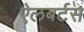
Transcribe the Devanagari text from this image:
ऐलबर्टस